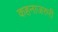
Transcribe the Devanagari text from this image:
कहनाजरुरी